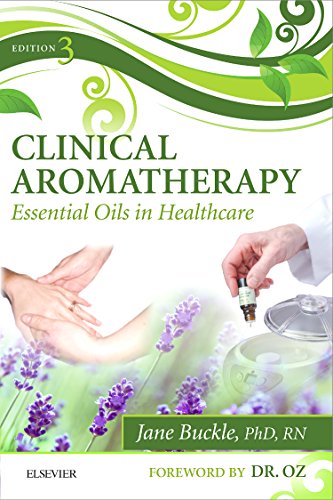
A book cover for Clinical Aromatherapy: Essential Oils in Healthcare, 3e; Jane Buckle PhD  RN; Health, Fitness & Dieting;